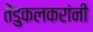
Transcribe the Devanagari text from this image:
तेंडुकलकरांनी